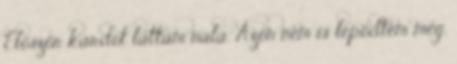
Először kardot láttam nála. Azon nem is lepődtem meg,